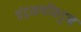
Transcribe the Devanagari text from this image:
चंद्रमणींकडून